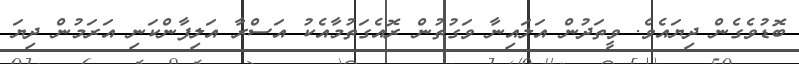
ބޮޑުވެގެން ދިޔައެވެ. ވީތަދުން އަލައިނާ ވަގުތުން ރޮއެގަތުމާއެކު އަސްރާ އަލިފާންކަނި އަރަމުން ދިޔަ